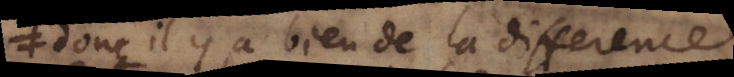
donc il y a bien de difference